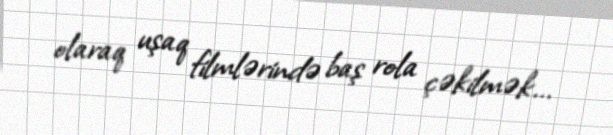
olaraq uşaq filmlərində baş rola çəkilmək...